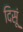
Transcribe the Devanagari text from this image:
दिसूं